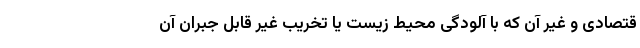
قتصادی و غیر آن که با آلودگی محیط زیست یا تخریب غیر قابل جبران آن